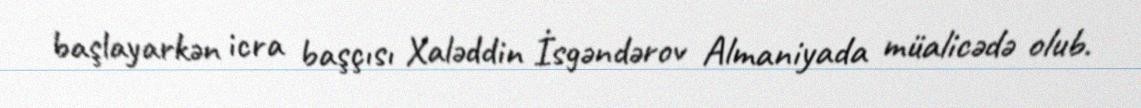
başlayarkən icra başçısı Xaləddin İsgəndərov Almaniyada müalicədə olub.